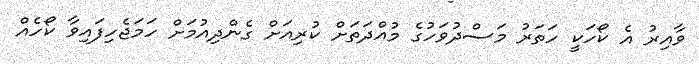
ވާއިރު އެ ކޯހަކީ ހަތަރު މަސްދުވަހުގެ މުއްދަތަށް ކުރިއަށް ގެންދިއުމަށް ހަމަޖެހިފައިވާ ކޯހެއް